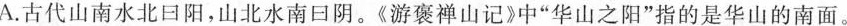
A.古代山南水北回阳，山北水南口阴。《游褒禅山记》中”华山之阳”指的是华山的南面。